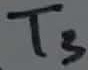
Text: T3